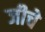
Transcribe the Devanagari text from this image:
जीचे